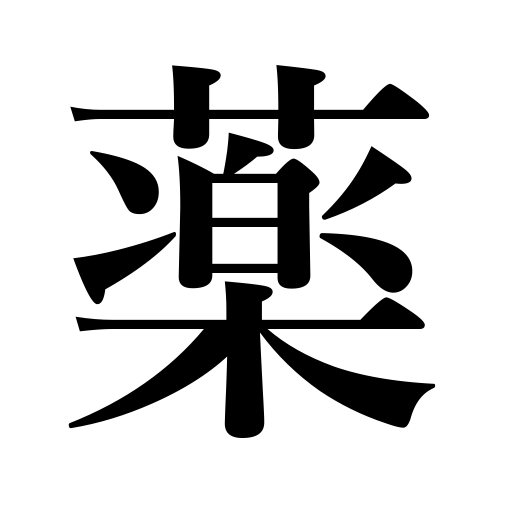
Meanings: chemical,benefit,enamel,medicine,gunpower,glaze